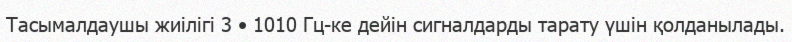
Тасымалдаушы жиілігі 3 • 1010 Гц-ке дейін сигналдарды тарату үшін қолданылады.